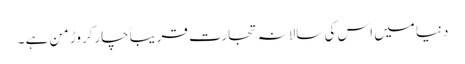
دنیا میں اس کی سالانہ تجارت قریباًچارکروڑ من ہے ۔